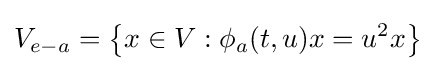
V_{e-a}=\left\lbrace {x\in V:\phi _{a}(t,u)x=u^{2}x}\right\rbrace